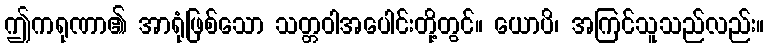
ဤကရုဏာ၏ အာရုံဖြစ်သော သတ္တဝါအပေါင်းတို့တွင်။ ယောပိ၊ အကြင်သူသည်လည်း။